Lunatic asylums in Bengal annual reports 1912-1924 - 1912-1924
Year: 1912
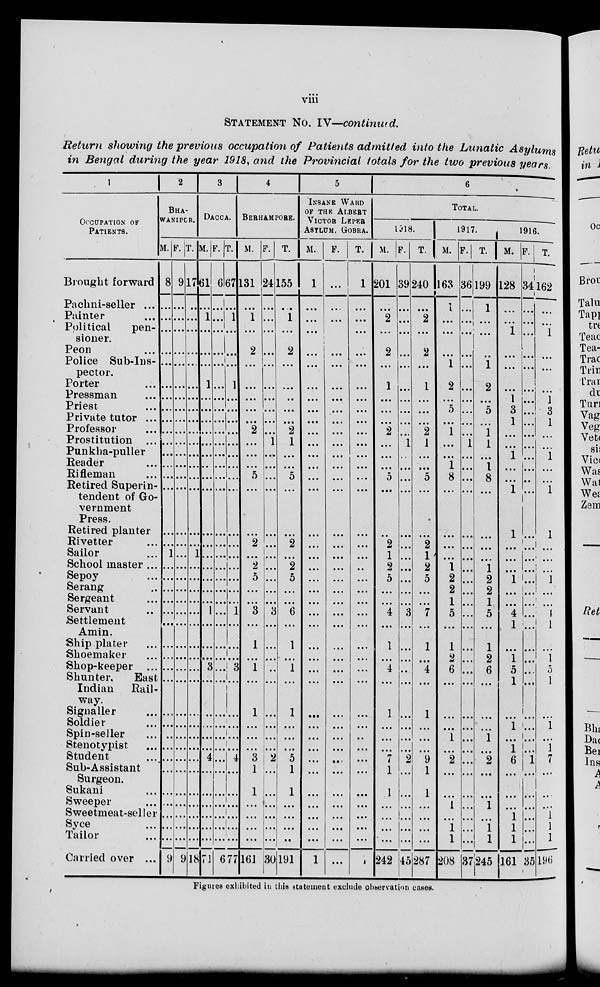
viii
STATEMENT No. IV—continued.
Return showing the previous occupation of Patients admitted into the Lunatic Asylums
in Bengal during the year 1918, and the Provincial totals for the two previous years.
1
OCCUPATION OF
PATIENTS
Brought forward
Pachni-seller ...
Painter ...
Political
pen-
sioner.
Peon ...
Police Sub-Ins-
pector.
Porter ...
Pressman ...
Priest ...
Private tutor ...
Professor ...
Prostitution ...
Punkha-puller
Reader ...
Rifleman ...
Retired Superin-
tendent of Go-
vernment
Press.
Retired planter
Rivetter ...
Sailor ...
School master ...
Sepoy ...
Serang ...
Sergeant ...
Servant ...
Settlement
Amin.
Ship plater ...
Shoemaker ...
Shop-keeper ...
Shunter,
East
Indian
Rail-
way.
Signaller ...
Soldier ...
Spin-seller ...
Stenotypist ...
Student ...
Sub-Assistant
Surgeon.
Sukani ...
Sweeper ...
Sweetmeat-seller
Syce ...
Tailor ...
Carried over ...
2
BHA-
WANIPUR.
M.
8
...
...
...
...
...
...
...
...
...
...
...
...
...
...
...
...
...
1
...
...
...
...
...
...
...
...
...
...
...
...
...
...
...
...
...
...
...
...
...
9
F.
9
...
...
...
...
...
...
...
...
...
...
...
...
...
...
...
...
...
...
...
...
...
...
...
...
...
...
...
...
...
...
...
...
...
...
...
...
...
...
...
9
T.
17
...
...
...
...
...
...
...
...
...
...
...
...
...
...
...
...
...
1
...
...
...
...
...
...
...
...
...
...
...
...
...
...
...
...
...
...
...
...
...
18
3
DACCA.
M.
51
...
1
...
...
...
1
...
...
...
...
...
...
...
...
...
...
...
...
...
...
...
...
1
...
...
...
3
...
...
...
...
...
4
...
...
...
...
...
...
71
F.
6
...
...
...
...
...
...
...
...
...
...
...
...
...
...
...
...
...
...
...
...
...
...
...
...
...
...
...
...
...
...
...
...
...
...
...
...
...
...
...
6
T.
67
...
1
...
...
...
1
...
...
...
...
...
...
...
...
...
...
...
...
...
...
...
...
1
...
...
...
3
...
...
...
...
...
4
...
...
...
...
...
...
77
4
BERHAMPORE.
M.
131
1
...
2
...
...
...
...
...
2
...
...
...
5
...
...
2
...
2
5
...
...
3
...
1
...
1
...
1
...
...
...
2
1
1
...
...
...
...
116
F.
24
...
...
...
...
...
...
...
...
...
1
...
...
...
...
...
...
...
...
...
...
...
3
...
...
...
...
...
...
...
...
...
2
...
...
...
...
...
...
30
T.
155
1
...
2
...
...
...
...
...
2
1
...
...
5
...
...
2
...
2
5
...
...
6
...
1
...
1
...
1
...
...
...
5
1
1
...
...
...
...
191
5
INSANE WARD
OF THE ALBERT
VICTOR LEPER
ASYLUM, GOBRA.
M.
1
...
...
...
...
...
...
...
...
...
...
...
...
...
...
...
...
...
...
...
...
...
...
...
...
...
...
...
...
...
...
...
...
...
...
...
...
...
...
...
1
F.
...
...
...
...
...
...
...
...
...
...
...
...
...
...
...
...
...
...
...
...
...
...
...
...
...
...
...
...
...
...
...
...
...
...
...
...
...
...
...
...
...
T.
1
...
...
...
...
...
...
...
...
...
...
...
...
...
...
...
...
...
...
...
...
...
...
...
...
...
...
...
...
...
...
...
...
...
...
...
...
...
...
...
1
6
TOTAL.
1918.
M.
201
...
2
...
2
...
1
...
...
...
2
...
...
...
5
...
...
2
1
2
5
...
...
4
...
1
...
4
...
1
...
...
...
7
1
1
...
...
...
...
242
F.
39
...
...
...
...
...
...
...
...
...
...
1
...
...
...
...
...
...
...
...
...
...
...
3
...
...
...
...
...
...
...
...
...
2
...
...
...
...
...
...
45
T.
240
...
2
...
2
...
1
...
...
...
2
1
...
...
5
...
...
2
1
2
5
...
...
7
...
1
...
4
...
1
...
...
...
9
1
1
...
...
...
...
287
1917.
M.
163
1
...
...
...
1
2
...
5
...
1
...
...
1
8
...
...
...
...
1
2
2
1
5
...
1
2
6
...
...
...
1
...
2
...
...
1
...
1
1
208
F.
36
...
...
....
...
...
...
...
...
...
...
1
...
...
...
...
...
...
...
...
...
...
...
...
...
...
...
...
...
...
...
...
...
...
...
...
...
...
...
...
37
T.
199
1
...
...
...
1
2
...
5
...
1
1
...
1
8
...
...
...
...
1
2
2
1
5
...
1
2
6
...
...
...
1
...
2
...
...
1
...
1
1
245
1916.
M.
128
...
...
1
...
...
...
1
3
1
...
...
1
...
...
1
1
...
...
...
1
...
...
4
1
...
1
5
1
...
1
...
1
6
...
...
...
1
1
1
161
F.
34
...
...
...
...
...
...
...
...
...
...
...
...
...
...
...
...
...
...
...
...
...
...
...
...
...
...
...
...
...
...
...
...
1
...
...
...
...
...
...
35
T.
162
...
...
1
...
...
...
1
3
1
...
...
1
...
...
1
1
...
...
...
1
...
...
4
1
...
1
5
1
...
1
...
1
7
...
...
...
1
1
1
196
Figures exhibited in this statement exclude observation cases.